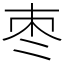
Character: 枣